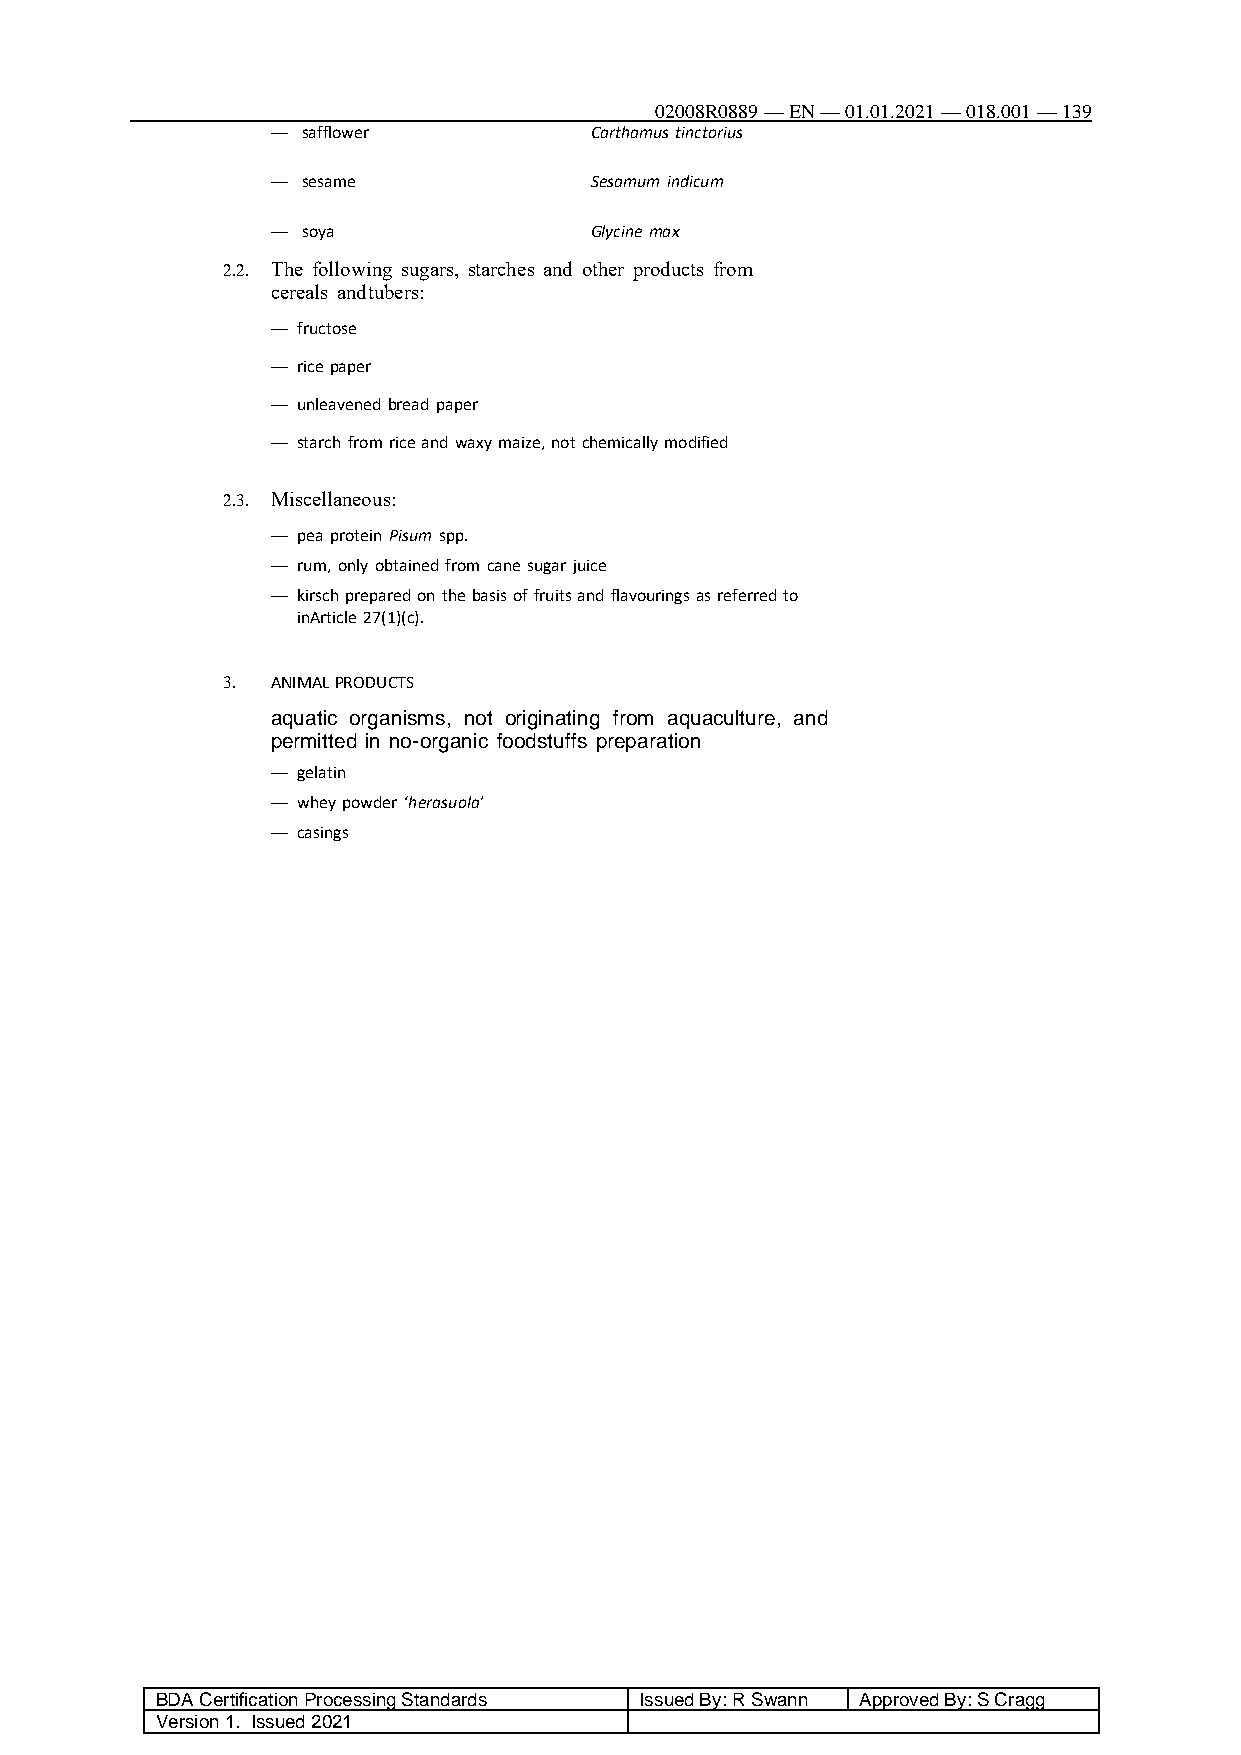
02008R0889 — EN — 01.01.2021 — 018.001 — 139
 — safflower          Carthamus tinctorius
 — sesame             Sesamum indicum
 — soya               Glycine max
 2.2. The following sugars, starches and other products from
 cereals and tubers:
 — fructose
 — rice paper
 — unleavened bread paper
 — starch from rice and waxy maize, not chemically modified
 2.3. Miscellaneous:
 — pea protein Pisum spp.
 — rum, only obtained from cane sugar juice
 — kirsch prepared on the basis of fruits and flavourings as referred to
 in Article 27(1)(c).
 3. ANIMAL PRODUCTS
 aquatic organisms, not originating from aquaculture, and
 permitted in no- organic foodstuffs preparation
 — gelatin
 — whey powder ‘herasuola’
 — casings
 BDA Certification Processing Standards Issued By: R Swann Approved By: S Cragg
 Version 1. Issued 2021